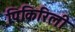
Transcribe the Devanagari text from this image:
पिकिरिली